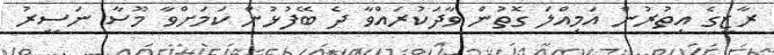
ރާޒީގެ އިތުރުން އަމިއްލަ ގޮތުން ވާދަކުރައްވާ ދެ ބޭފުޅުން ކަމަށްވާ މޫސާ ނަސީރު